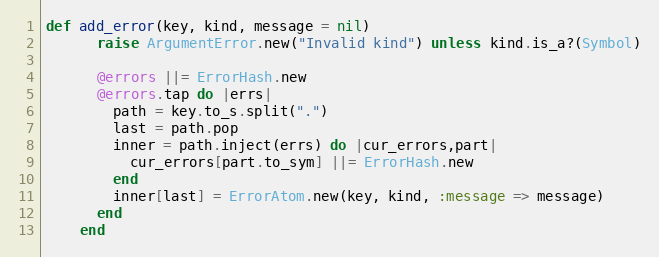
Language: Ruby
def add_error(key, kind, message = nil)
      raise ArgumentError.new("Invalid kind") unless kind.is_a?(Symbol)

      @errors ||= ErrorHash.new
      @errors.tap do |errs|
        path = key.to_s.split(".")
        last = path.pop
        inner = path.inject(errs) do |cur_errors,part|
          cur_errors[part.to_sym] ||= ErrorHash.new
        end
        inner[last] = ErrorAtom.new(key, kind, :message => message)
      end
    end